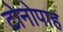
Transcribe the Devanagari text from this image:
टोनोपाह